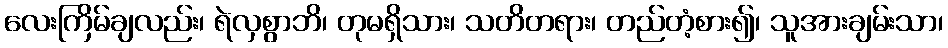
လေးကြိမ်ချလည်း၊ ရဲလှစွာဘိ၊ တုမရှိသား၊ သတိတရား၊ တည်တံ့စား၍၊ သူအားချမ်းသာ၊